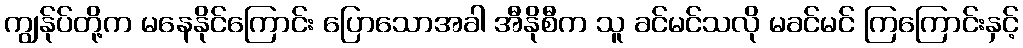
ကျွန်ုပ်တို့က မနေနိုင်ကြောင်း ပြောသောအခါ အီနိုစီက သူ ခင်မင်သလို မခင်မင် ကြကြောင်းနှင့်